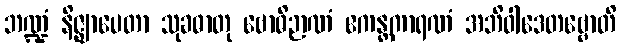
ဘဏ္ဍံ နိဇ္ဈာပေတာ သုခဓာတု ဗောဓိဉာဏံ ဧကန္တကာရဏံ အဘိဝါဒေတဗ္ဗောတိ